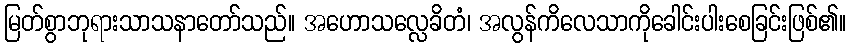
မြတ်စွာဘုရားသာသနာတော်သည်။ အဟောသလ္လေခိတံ၊ အလွန်ကိလေသာကိုခေါင်းပါးစေခြင်းဖြစ်၏။